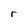
Character: r